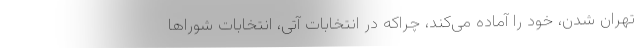
تهران شدن، خود را آماده می‌کند، چراکه در انتخابات آتی، انتخابات شوراها